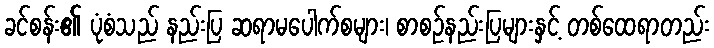
ခင်စန်း၏ ပုံစံသည် နည်းပြ ဆရာမပေါက်စများ၊ စာစဉ်နည်းပြများနှင့် တစ်ထေရာတည်း